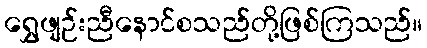
ရွှေဖျဉ်းညီနောင်စသည်တို့ဖြစ်ကြသည်။